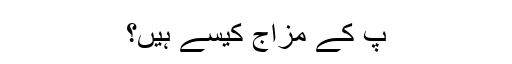
ٓپ کے مزاج کیسے ہیں؟